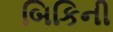
બિકિની